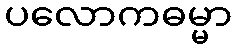
ပလောကဓမ္မာ